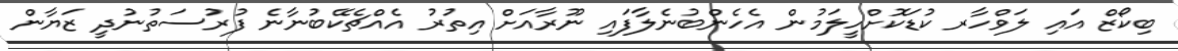
ބިކޯޒް އައި ލަވްހާރ ކުޑަކޮށްހީލަމުން އެހެންބުނެލާފައި ނޫރާއަށް އިތުރު އެއްޗެކޭބުނާނެ ފުރުސަތުނުދީ ޒަޔާން